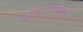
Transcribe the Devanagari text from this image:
ओढाताणीमध्ये